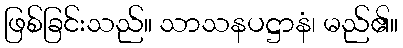
ဖြစ်ခြင်းသည်။ သာသနပဋ္ဌာနံ၊ မည်၏။